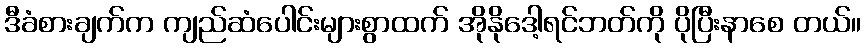
ဒီခံစားချက်က ကျည်ဆံပေါင်းများစွာထက် အိုနိုဒေါ့ရင်ဘတ်ကို ပိုပြီးနာစေ တယ်။